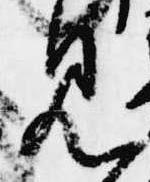
見